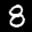
Label: 8